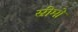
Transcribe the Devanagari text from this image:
स्रीमों